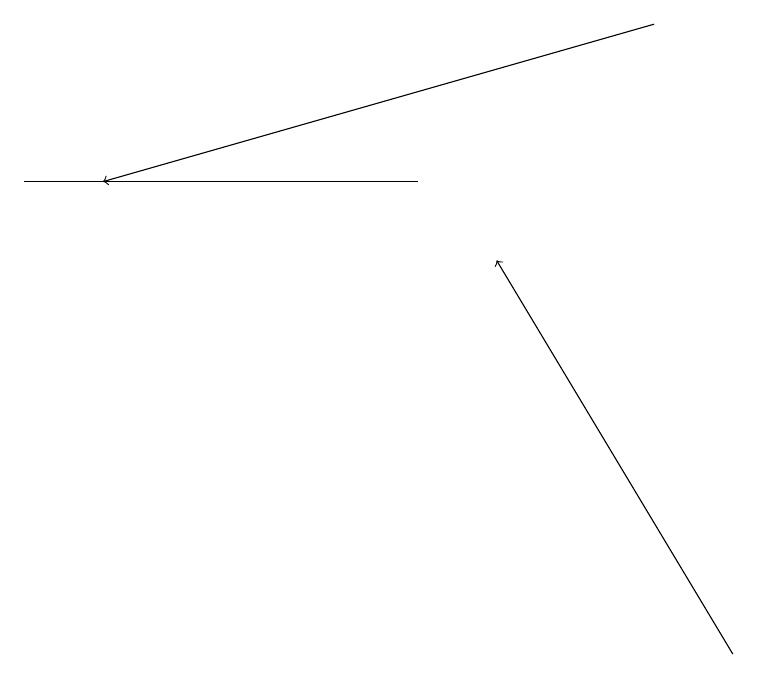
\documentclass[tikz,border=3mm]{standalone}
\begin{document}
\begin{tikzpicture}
\draw[->] (9,10) -- (6,15);
\draw[->] (8,18) -- (1,16);
\draw (5,16) rectangle (0,16);
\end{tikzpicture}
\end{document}